65_HS1-834228961_62-HQ-83894_Section_2
Agency: FBI
Page 7
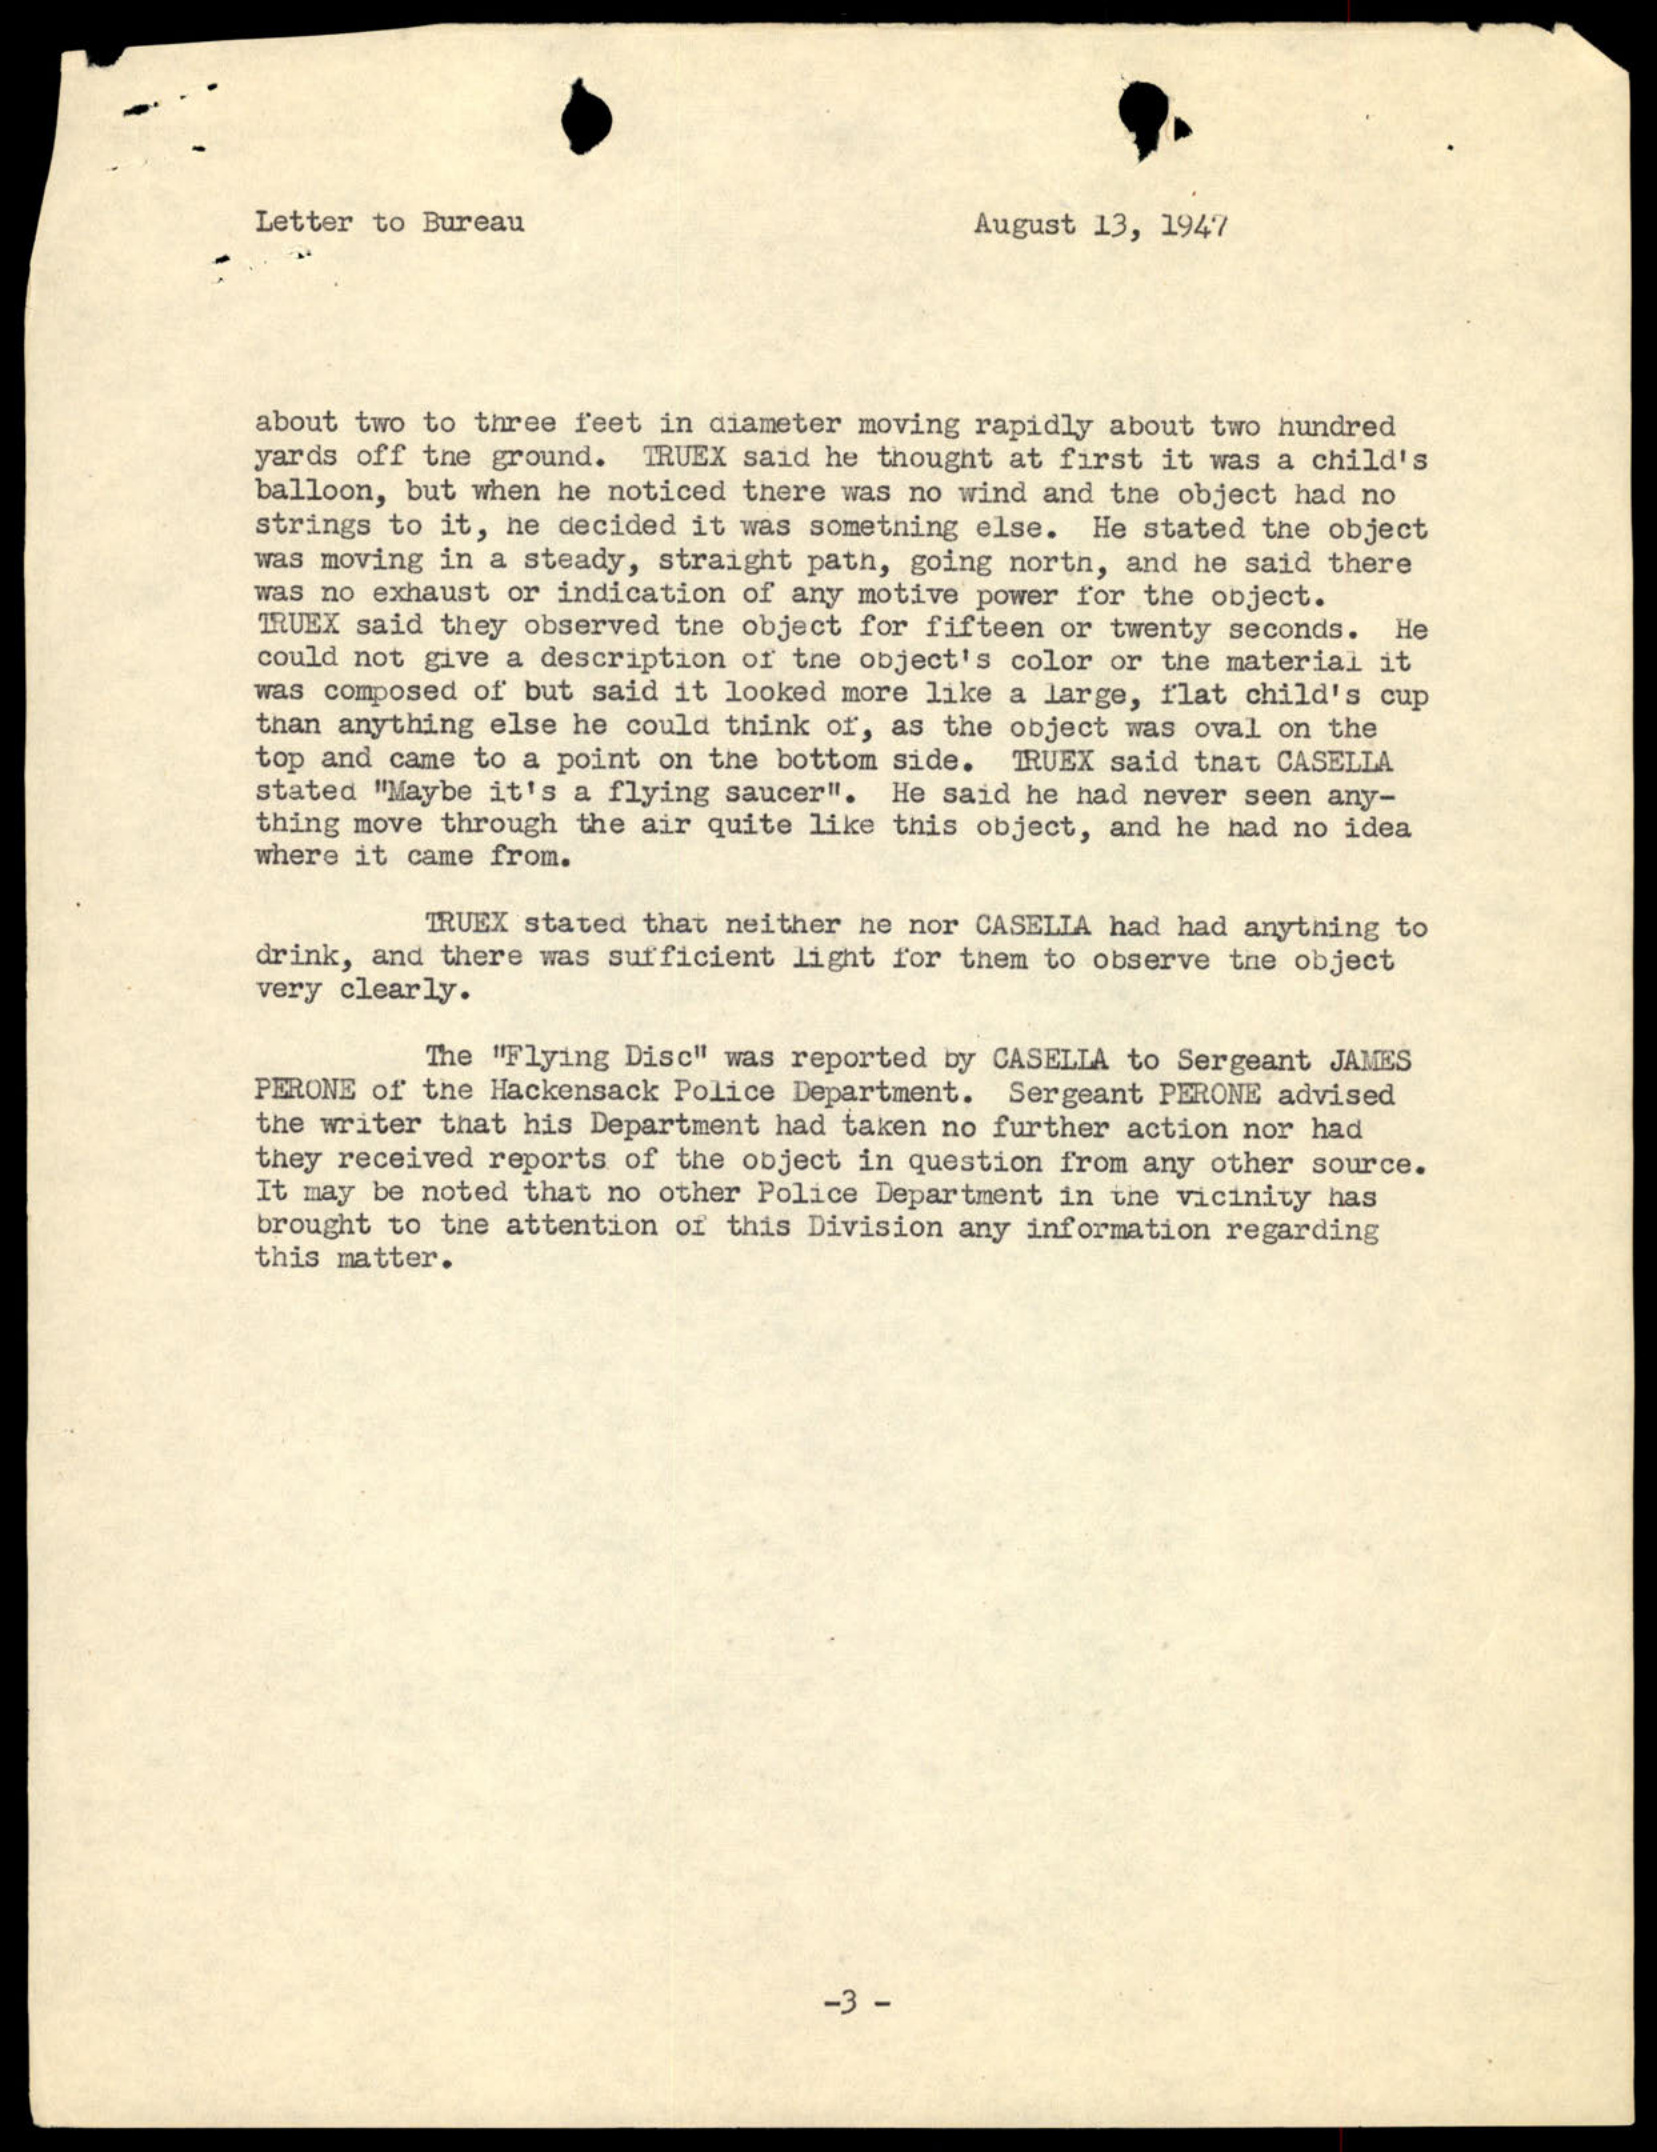